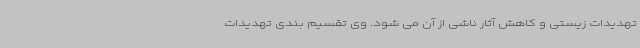
تهدیدات زیستی و کاهش آثار ناشی از آن می شود. وی تقسیم بندی تهدیدات